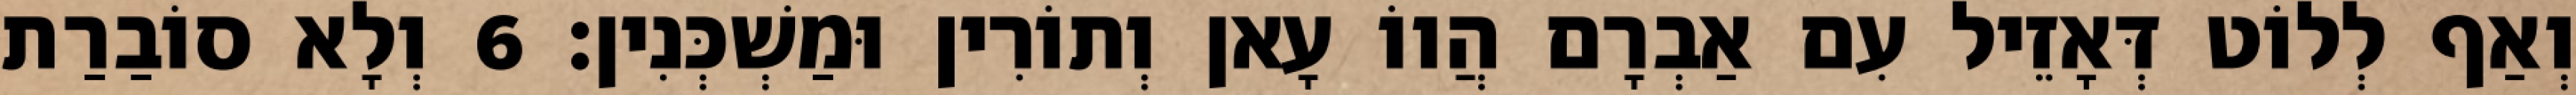
וְאַף לְלוֹט דְּאָזֵיל עִם אַבְרָם הֲווֹ עָאן וְתוֹרִין וּמַשְׁכְּנִין׃ 6 וְלָא סוֹבַרַת